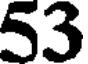
53